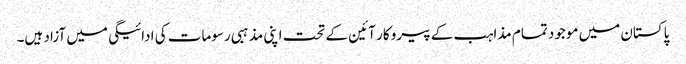
پاکستان میں موجود تمام مذاہب کے پیرو کار آئین کے تحت اپنی مذہبی رسومات کی ادائیگی میں آزاد ہیں۔